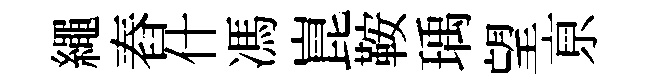
繩舂什馮崑鞍瑀望亰